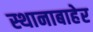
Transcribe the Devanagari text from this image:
स्थानाबाहेर